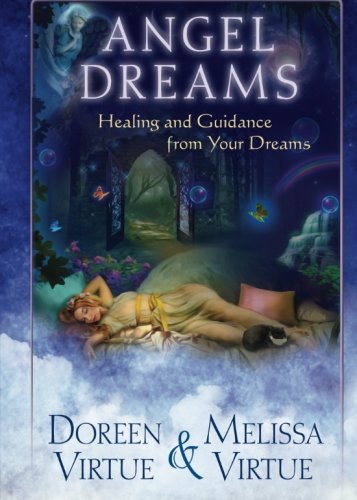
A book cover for Angel Dreams: Healing and Guidance from Your Dreams; Doreen Virtue; Self-Help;